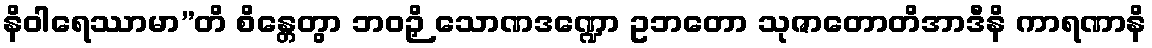
နိဝါရေဿာမာ”တိ စိန္တေတွာ ဘဝဉှိ သောဏဒဏ္ဍော ဥဘတော သုဇာတောတိအာဒီနိ ကာရဏာနိ